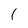
Character: 1